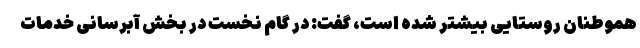
هموطنان روستایی بیشتر شده است، گفت: در گام نخست در بخش آبرسانی خدمات